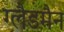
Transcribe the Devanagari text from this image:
ग्लैडमैन